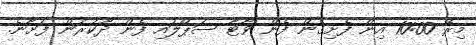
މިރޭ 10:00 އިން ފެށިގެން ފެން ވޯޓާ ސަޕްލައި ފެން ދޫކުރަން ފަށާނެ.